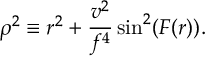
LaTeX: \rho ^ { 2 } \equiv r ^ { 2 } + \frac { v ^ { 2 } } { f ^ { 4 } } \sin ^ { 2 } ( F ( r ) ) .